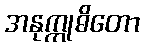
အနုက္ကုဓိတော